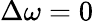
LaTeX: \Delta\omega=0